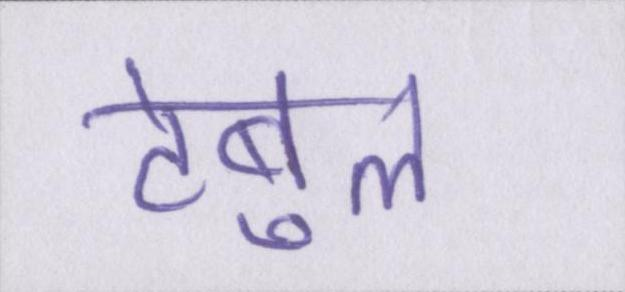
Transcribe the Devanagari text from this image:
टेबुल